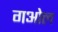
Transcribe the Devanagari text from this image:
गओल